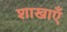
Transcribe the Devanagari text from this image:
शाखाऍं